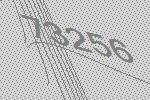
73256